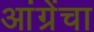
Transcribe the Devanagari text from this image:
आंग्रेंचा